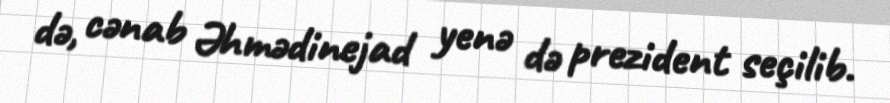
də, cənab Əhmədinejad yenə də prezident seçilib.